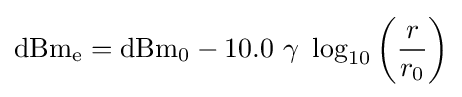
\mathrm {dBm_{e}} =\mathrm {dBm} _{0}-10.0\ \gamma \ \log _{10}\left({\frac {r}{r_{0}}}\right)